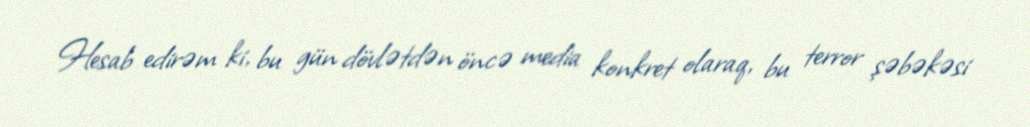
Hesab edirəm ki, bu gün dövlətdən öncə media konkret olaraq, bu terror şəbəkəsi